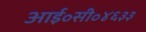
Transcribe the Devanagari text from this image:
आई॰सी॰४६३३